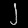
Digit: ၂